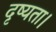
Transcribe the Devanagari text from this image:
दृष्यता।